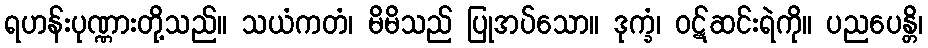
ရဟန်းပုဏ္ဏားတို့သည်။ သယံကတံ၊ မိမိသည် ပြုအပ်သော။ ဒုက္ခံ၊ ဝဋ်ဆင်းရဲကို။ ပညပေန္တိ၊